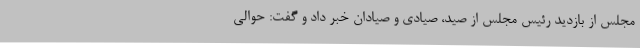
مجلس از بازدید رئیس مجلس از صید، صیادی و صیادان خبر داد و گفت: حوالی